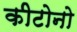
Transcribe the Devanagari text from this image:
कीटोनो